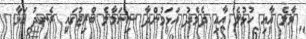
މާލެ އާއި ހުޅުލެ އާއި ދެމެދު އަޅަމުންދާ ސިނަމާލެ ބްރިޖުގައި ރެނދު އަޅާ